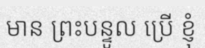
មាន ព្រះបន្ទូល ប្រើ ខ្ញុំ